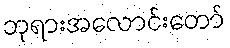
ဘုရားအလောင်းတော်